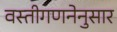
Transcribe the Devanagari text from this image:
वस्तीगणनेनुसार